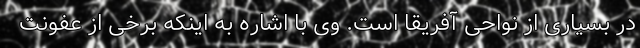
در بسیاری از نواحی آفریقا است. وی با اشاره به اینکه برخی از عفونت